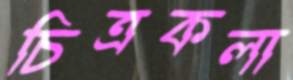
চিত্রকলা